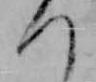
つ